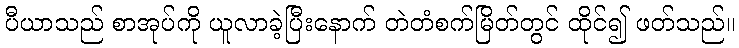
ပီယာသည် စာအုပ်ကို ယူလာခဲ့ပြီးနောက် တဲတံစက်မြိတ်တွင် ထိုင်၍ ဖတ်သည်။